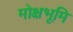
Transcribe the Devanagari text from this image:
मोक्षभूमि